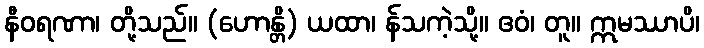
နီဝရဏာ၊ တို့သည်။ (ဟောန္တိ) ယထာ၊ န်သကဲ့သို့။ ဧဝံ၊ တူ။ ဣမဿာပိ၊